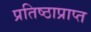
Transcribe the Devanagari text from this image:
प्रतिष्ठाप्राप्त